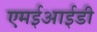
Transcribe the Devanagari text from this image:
एमईआईडी